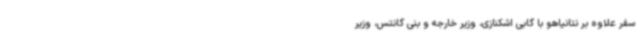
سفر علاوه بر نتانیاهو با گابی اشکنازی، وزیر خارجه و بنی گانتس، وزیر